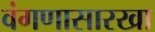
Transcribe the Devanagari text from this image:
वंगणासारखा